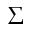
\Sigma